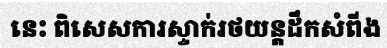
នេះ ពិសេសការស្ទាក់រថយន្តដឹកសំពីង